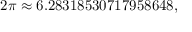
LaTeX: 2 \pi \approx 6 . 2 8 3 1 8 5 3 0 7 1 7 9 5 8 6 4 8 ,